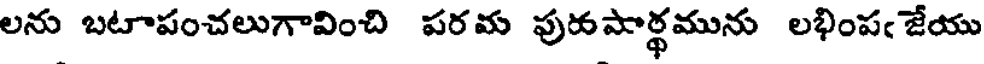
లను బటాపంచలుగావించి పరమ పురపార్థమును లభింపఁ జేయు